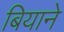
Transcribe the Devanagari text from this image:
बियाने